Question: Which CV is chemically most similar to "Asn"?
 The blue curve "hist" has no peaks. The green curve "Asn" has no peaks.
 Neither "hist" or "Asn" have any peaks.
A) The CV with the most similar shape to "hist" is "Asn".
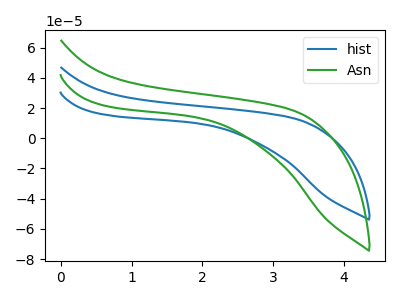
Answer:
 <answer>A) The CV with the most similar shape to "hist" is "Asn".</answer>
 <eval>A</eval>